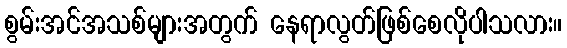
စွမ်းအင်အသစ်များအတွက် နေရာလွတ်ဖြစ်စေလိုပါသလား။